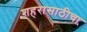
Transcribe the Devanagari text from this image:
शहरासाठीचा